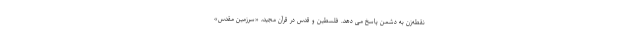
نقطه‌زن به دشمن پاسخ می دهد. فلسطین و قدس در قرآن مجید، «سرزمین مقدّس»